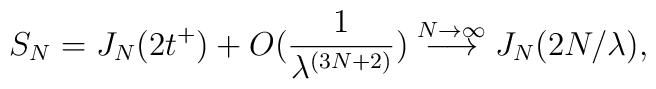
S_{N}=J_{N}(2t^{+})+O(\frac{1}{\lambda^{(3N+2)}})\stackrel{N\rightarrow\infty}{\longrightarrow}J_{N}(2N/\lambda),